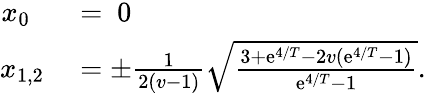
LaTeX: \begin{array}{rl}{x_{0}~~}&{{}=~0}\\ {x_{1,2}}&{{}=\pm\frac{1}{2(v-1)}\sqrt{\frac{3+\mathrm{e}^{4/T}-2v(\mathrm{e}^{4/T}-1)}{\mathrm{e}^{4/T}-1}}.}\end{array}